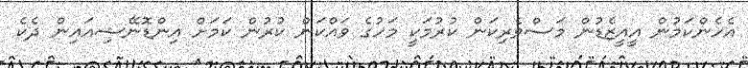
އެހެންކަމުން އީއީޒެޑުން މަސްވެރިކަން ކުރުމަކީ މަހުގެ ވައްކަން ކުރުން ކަމަށް އިންޑޮނޭޝިއައިން ދެކެ